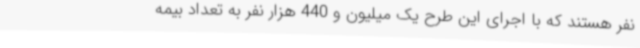
نفر هستند که با اجرای این طرح یک میلیون و 440 هزار نفر به تعداد بیمه